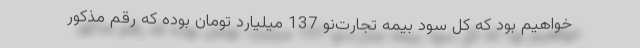
خواهیم بود که کل سود بیمه تجارت‌نو 137 میلیارد تومان بوده که رقم مذکور